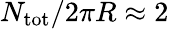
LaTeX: N_{\mathrm{tot}}/2\pi R\approx 2